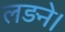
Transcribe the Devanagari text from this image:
लड़ने।